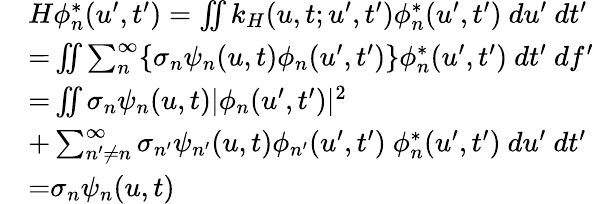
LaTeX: \begin{array}{rl}&{H\phi_{n}^{*}(u^{\prime},t^{\prime})=\iint k_{H}(u,t;u^{\prime},t^{\prime})\phi_{n}^{*}(u^{\prime},t^{\prime})~du^{\prime}~dt^{\prime}}\\ &{{=}\iint\sum_{n}^{\infty}\{ \sigma_{n}\psi_{n}(u,t)\phi_{n}(u^{\prime},t^{\prime})\} \phi_{n}^{*}(u^{\prime},t^{\prime})~dt^{\prime}~df^{\prime}}\\ &{{=}\iint\sigma_{n}\psi_{n}(u,t)|\phi_{n}(u^{\prime},t^{\prime})|^{2}}\\ &{+\sum_{n^{\prime}\neq n}^{\infty}\sigma_{n^{\prime}}\psi_{n^{\prime}}(u,t)\phi_{n^{\prime}}(u^{\prime},t^{\prime})\ \phi_{n}^{*}(u^{\prime},t^{\prime})~du^{\prime}~dt^{\prime}}\\ &{{=}\sigma_{n}\psi_{n}(u,t)}\end{array}